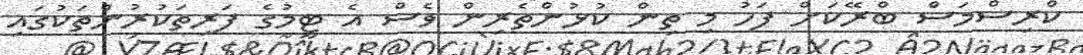
ކްރިސްމަސް ބްރޭކަށް ފަހު މި ތިން ކުޅުންތެރިން ވެސް އެ ޓީމުގެ ފަރިތަކުރުންތަކުގައި